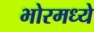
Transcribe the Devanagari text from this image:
भोरमध्ये